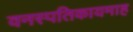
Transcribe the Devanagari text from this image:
वनस्पतिकायमाह